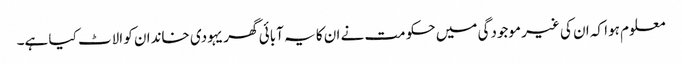
معلوم ہوا کہ ان کی غیر موجودگی میں حکومت نے ان کا یہ آبائی گھر یہودی خاندان کو الاٹ کیا ہے۔